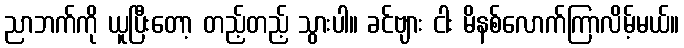
ညာဘက်ကို ယူပြီးတော့ တည့်တည့် သွားပါ။ ခင်ဗျား ငါး မိနစ်လောက်ကြာလိမ့်မယ်။